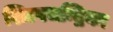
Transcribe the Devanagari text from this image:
शिल्पचन्द्रिका